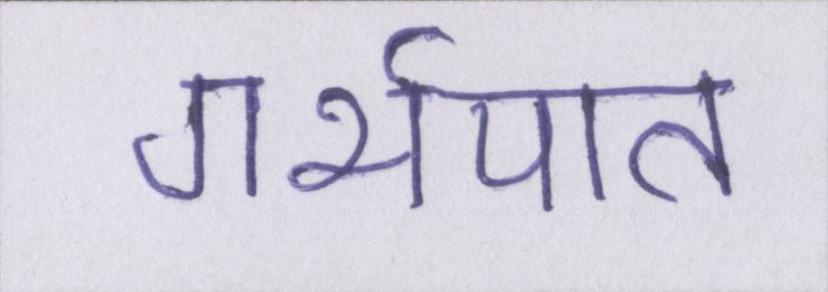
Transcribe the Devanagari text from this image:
गर्भपात